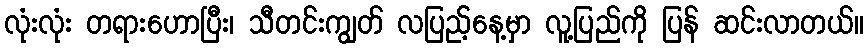
လုံးလုံး တရားဟောပြီး၊ သီတင်းကျွတ် လပြည့်နေ့မှာ လူ့ပြည်ကို ပြန် ဆင်းလာတယ်။